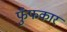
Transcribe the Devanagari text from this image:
फुँफकार